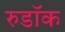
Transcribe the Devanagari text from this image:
रुडॉक